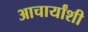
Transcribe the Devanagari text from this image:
आचार्यांशी